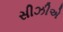
સીઝીએ